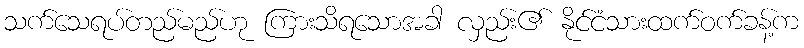
သက်သေရပ်တည်မည်ဟု ကြားသိရသောအခါ လှည်း၏ နိုင်ငံသားထက်ဝက်ခန့်က